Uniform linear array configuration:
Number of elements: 12
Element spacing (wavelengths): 0.25
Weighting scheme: uniform
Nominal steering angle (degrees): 45
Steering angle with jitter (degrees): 44.66
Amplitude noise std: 0.05
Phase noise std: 0.05

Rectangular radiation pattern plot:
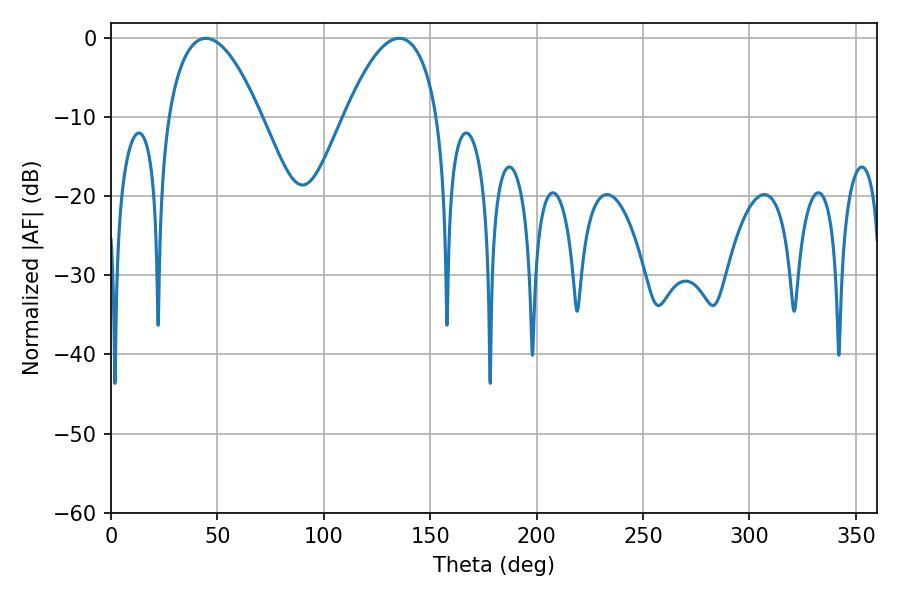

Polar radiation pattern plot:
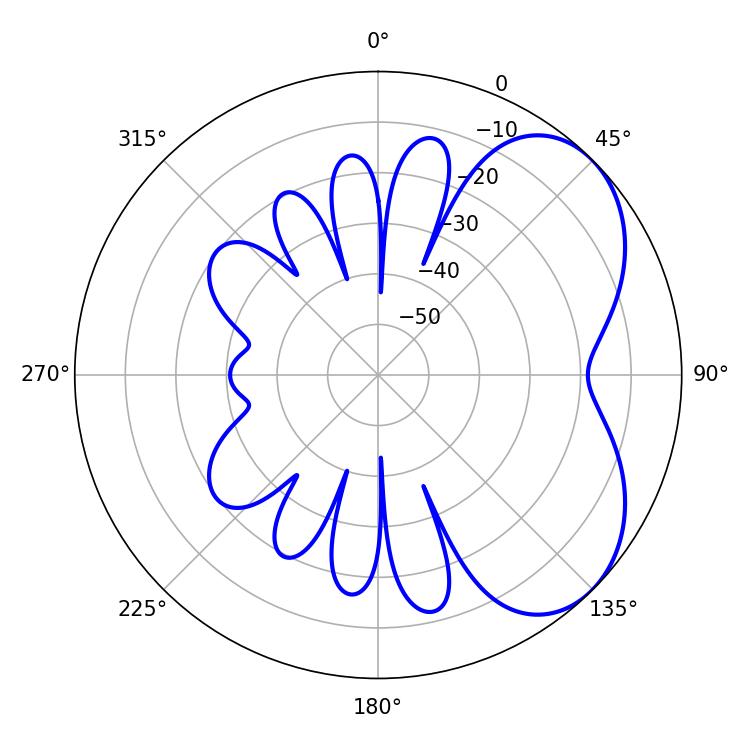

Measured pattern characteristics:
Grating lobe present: FALSE
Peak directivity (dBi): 4.858
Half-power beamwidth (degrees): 24.12
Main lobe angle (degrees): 44.64